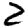
Digit: 2